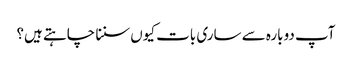
‏ آپ دوبارہ سے ساری بات کیوں سننا چاہتے ہیں؟